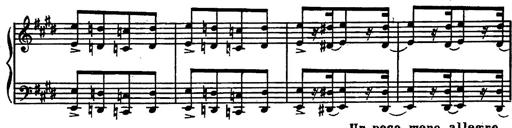
Title: Magyar rapszÃ³diÃ¡k
Composer: Franz Liszt